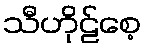
သီဟိုဠ်စေ့